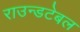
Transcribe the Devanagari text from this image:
राउन्डटेबल